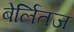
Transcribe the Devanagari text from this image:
बेर्लितज